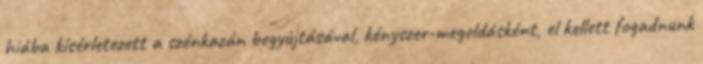
hiába kísérletezett a szénkazán begyújtásával, kényszer-megoldásként, el kellett fogadnunk